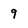
Character: 9